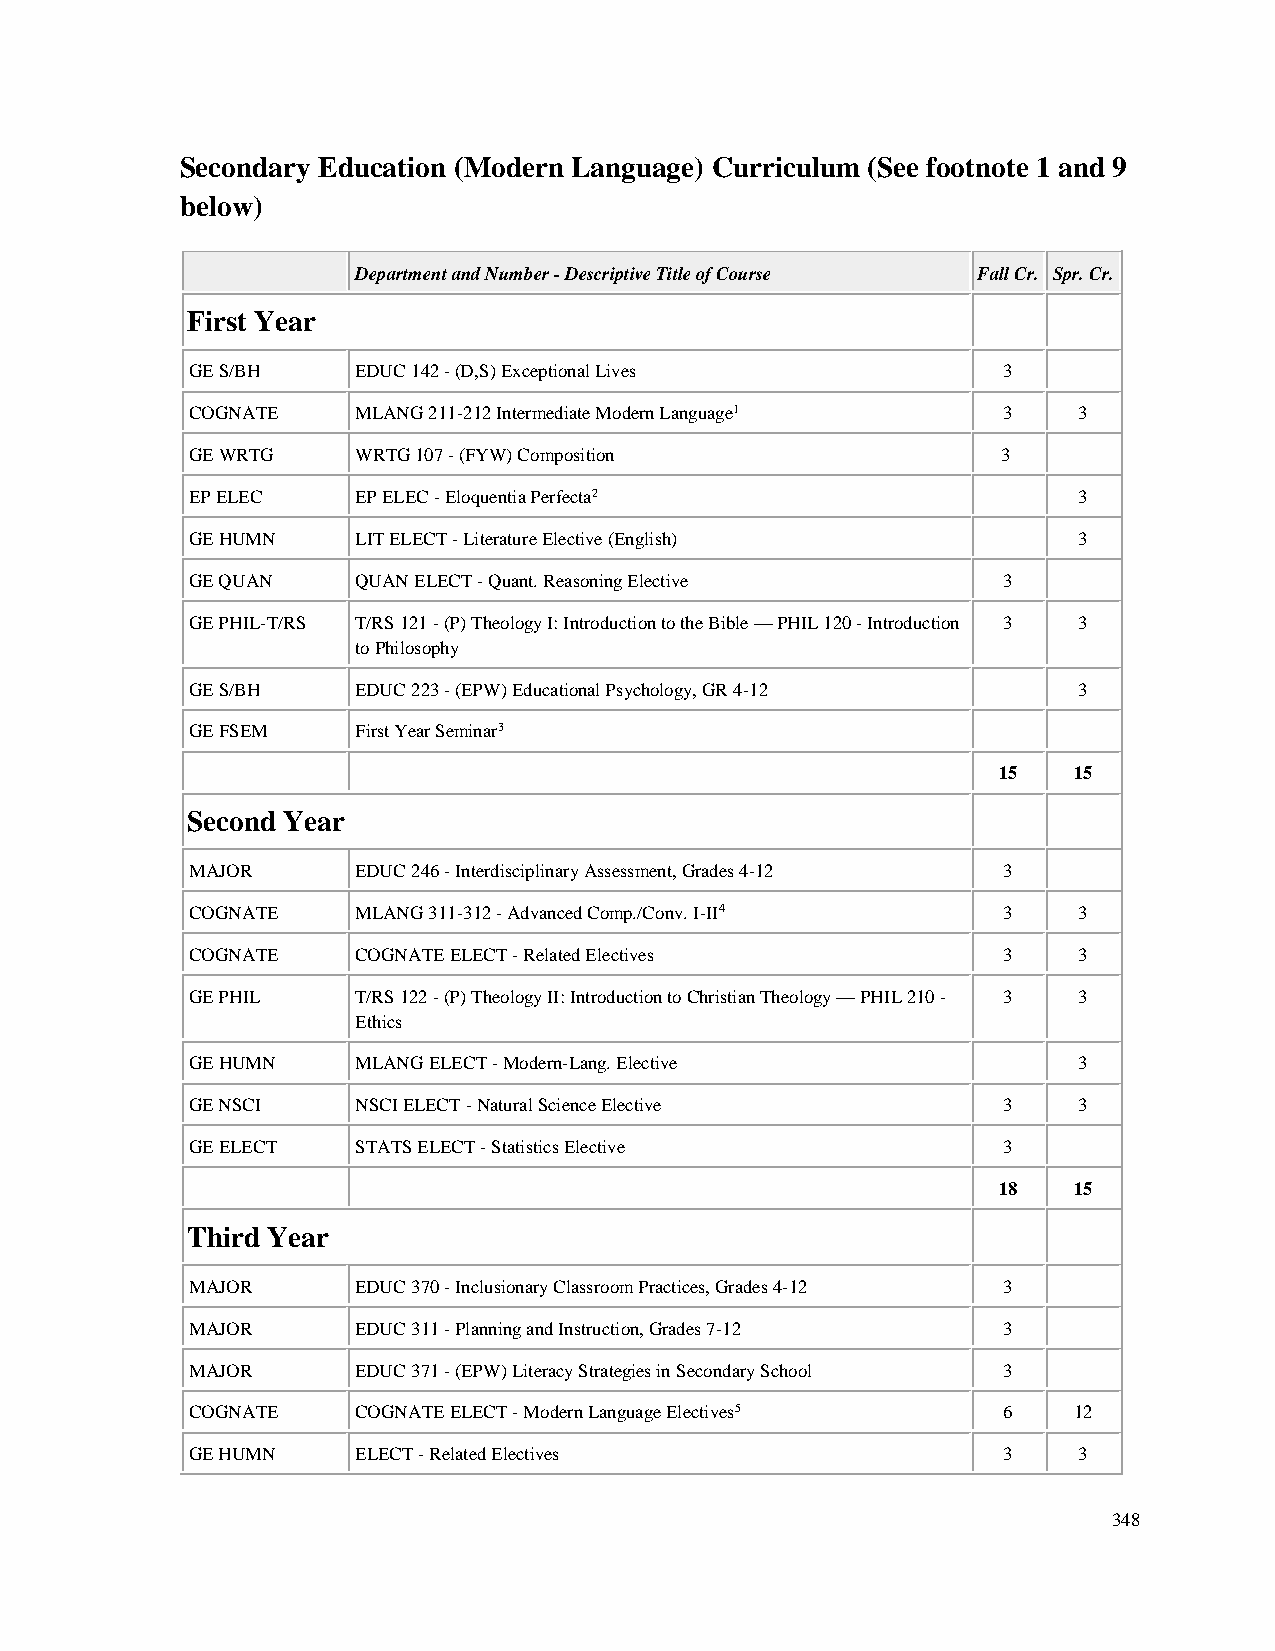
Secondary Education (Modern Language) Curriculum (See footnote 1 and 9
 below)
 Department and Number - Descriptive Title of Course Fall Cr. Spr. Cr.
 First Year
 GE S/BH    EDUC 142 - (D,S) Exceptional Lives        3
 COGNATE    MLANG 211-212 Intermediate Modern Language1 3  3
 GE WRTG    WRTG 107 - (FYW) Composition              3
 EP ELEC    EP ELEC - Eloquentia Perfecta2                 3
 GE HUMN    LIT ELECT - Literature Elective (English)      3
 GE QUAN    QUAN ELECT - Quant. Reasoning Elective    3
 GE PHIL-T/RS T/RS 121 - (P) Theology I: Introduction to the Bible — PHIL 120 - Introduction 3 3
 to Philosophy
 GE S/BH    EDUC 223 - (EPW) Educational Psychology, GR 4-12 3
 GE FSEM    First Year Seminar3
 15   15
 Second Year
 MAJOR      EDUC 246 - Interdisciplinary Assessment, Grades 4-12 3
 COGNATE    MLANG 311-312 - Advanced Comp./Conv. I-II4 3   3
 COGNATE    COGNATE ELECT - Related Electives         3    3
 GE PHIL    T/RS 122 - (P) Theology II: Introduction to Christian Theology — PHIL 210 - 3 3
 Ethics
 GE HUMN    MLANG ELECT - Modern-Lang. Elective            3
 GE NSCI    NSCI ELECT - Natural Science Elective     3    3
 GE ELECT   STATS ELECT - Statistics Elective         3
 18   15
 Third Year
 MAJOR      EDUC 370 - Inclusionary Classroom Practices, Grades 4-12 3
 MAJOR      EDUC 311 - Planning and Instruction, Grades 7-12 3
 MAJOR      EDUC 371 - (EPW) Literacy Strategies in Secondary School 3
 COGNATE    COGNATE ELECT - Modern Language Electives5 6   12
 GE HUMN    ELECT - Related Electives                 3    3
 348